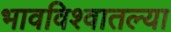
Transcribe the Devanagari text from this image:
भावविश्वातल्या